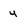
Character: u